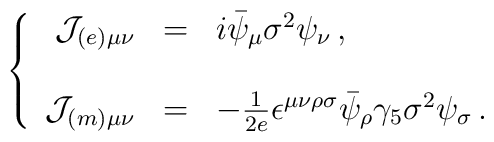
\left\{\begin{array}{rcl}{\cal J}_{(e) \mu\nu} & = & i\bar{\psi}_{\mu}\sigma^{2}\psi_{\nu}\, ,\\& & \\{\cal J}_{(m) \mu\nu} & = & -\frac{1}{2e}\epsilon^{\mu\nu\rho\sigma}\bar{\psi}_{\rho}\gamma_{5}\sigma^{2}\psi_{\sigma}\, .\\\end{array}\right.